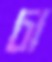
চা